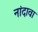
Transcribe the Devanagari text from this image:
नांदावा